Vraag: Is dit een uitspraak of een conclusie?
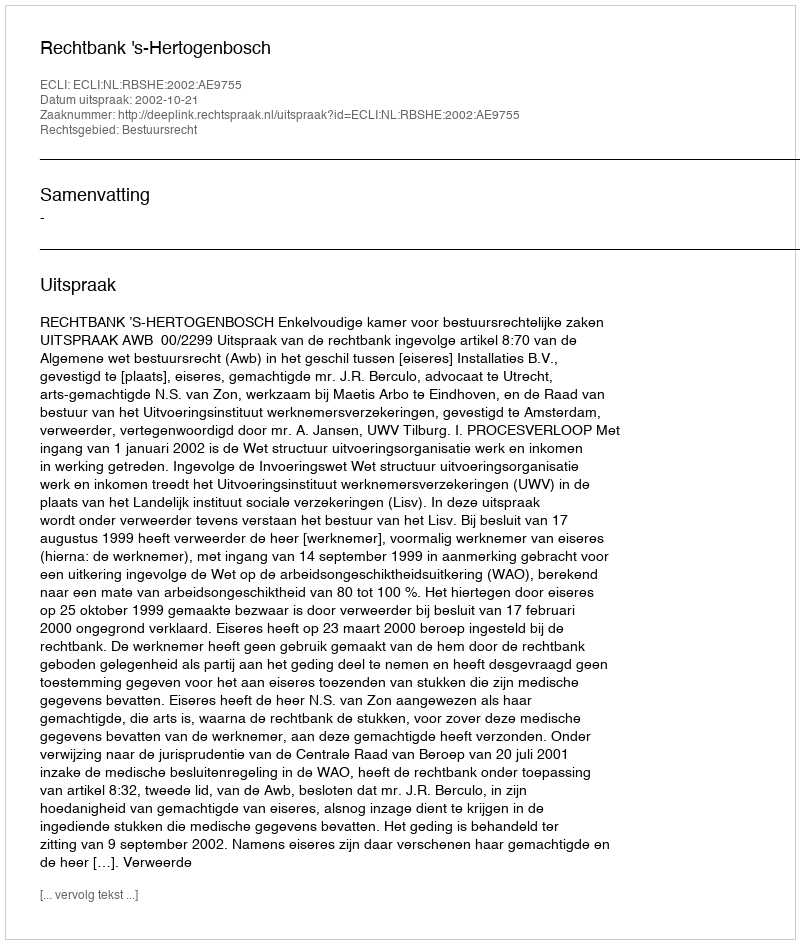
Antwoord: Uitspraak